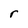
Character: r